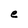
Character: e